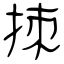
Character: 拺